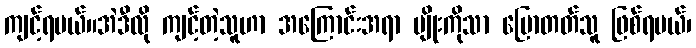
ကျင့်ရမယ်။အဲဒီလို ကျင့်တဲ့သူဟာ အကြောင်းအရာ မျိုးကိုသာ ပြောတတ်သူ ဖြစ်ရမယ်၊